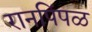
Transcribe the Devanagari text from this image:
रानपिंपळ